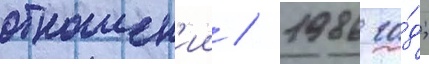
отношен'ии / 1986 го́д;